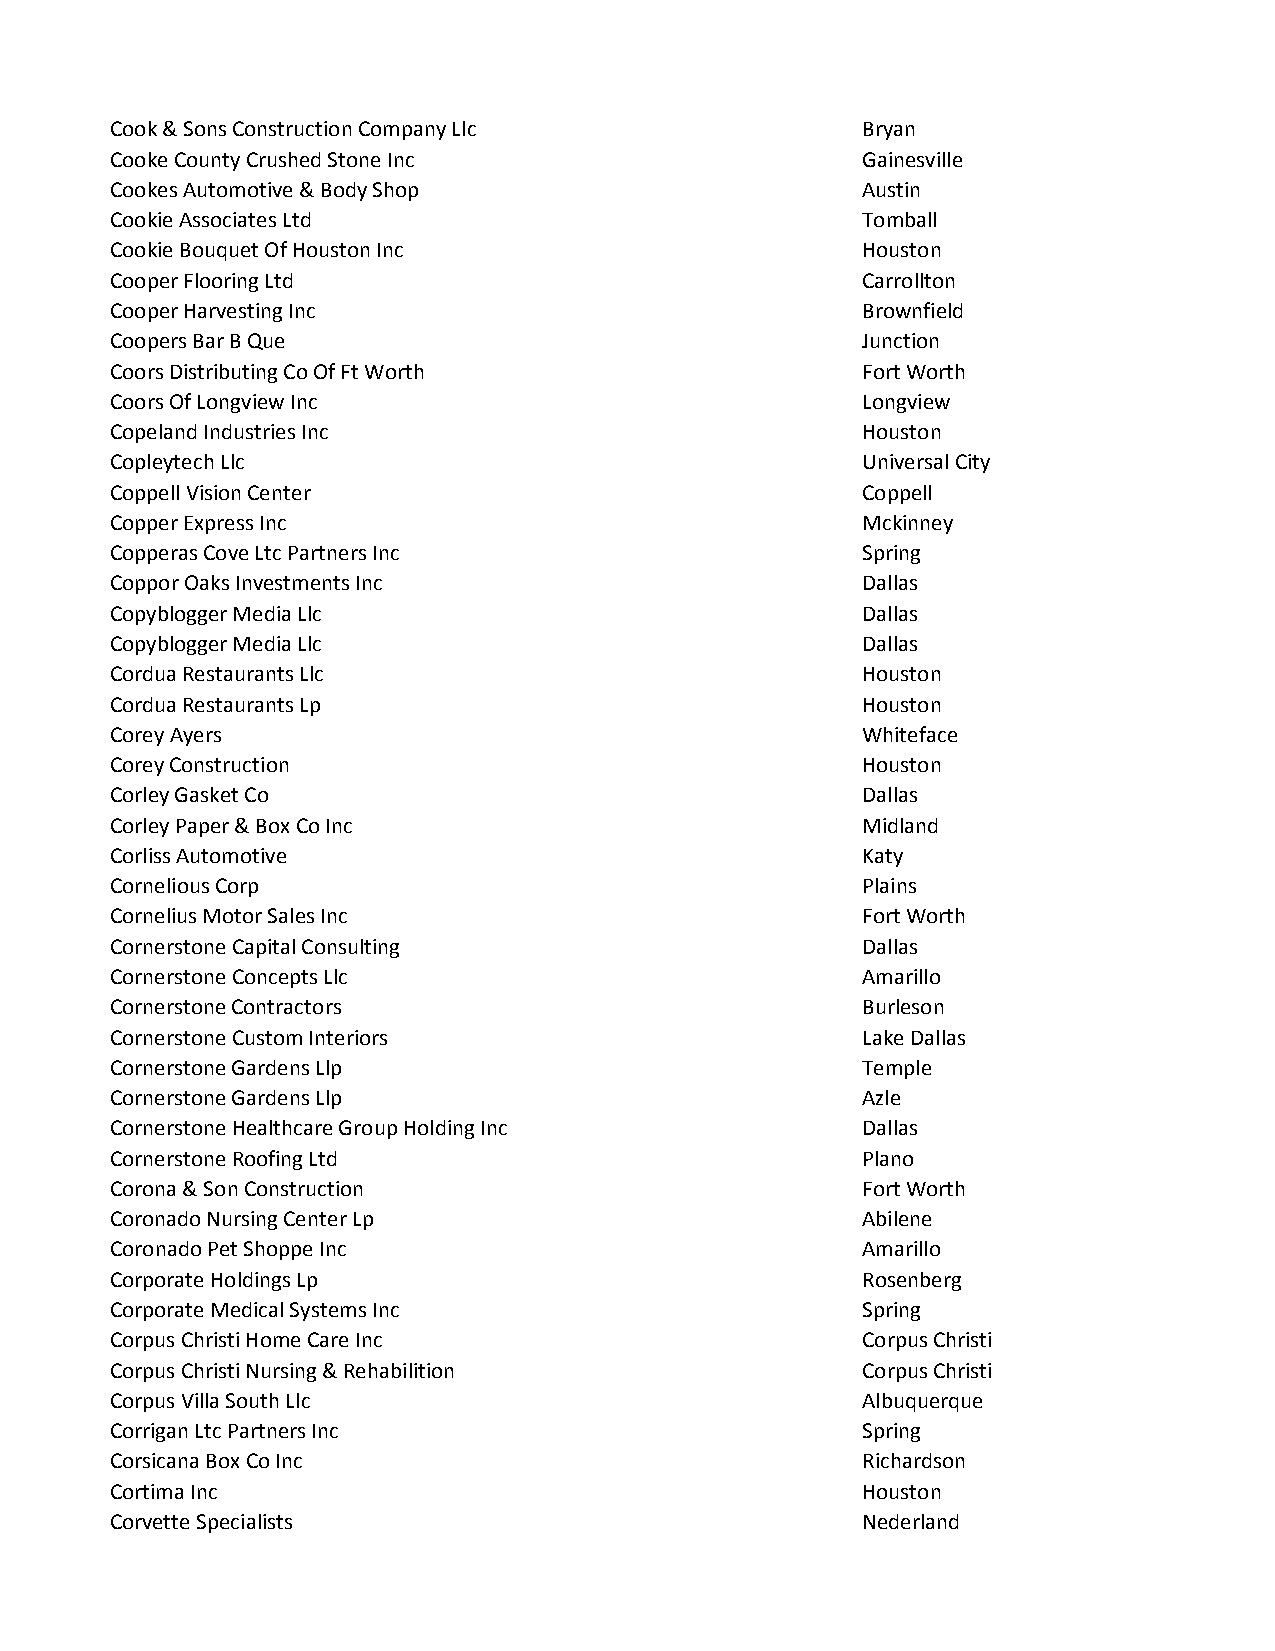
Cook & Sons Construction Company Llc              Bryan
 Cooke County Crushed Stone Inc                    Gainesville
 Cookes Automotive & Body Shop                     Austin
 Cookie Associates Ltd                             Tomball
 Cookie Bouquet Of Houston Inc                     Houston
 Cooper Flooring Ltd                               Carrollton
 Cooper Harvesting Inc                             Brownfield
 Coopers Bar B Que                                 Junction
 Coors Distributing Co Of Ft Worth                 Fort Worth
 Coors Of Longview Inc                             Longview
 Copeland Industries Inc                           Houston
 Copleytech Llc                                    Universal City
 Coppell Vision Center                             Coppell
 Copper Express Inc                                Mckinney
 Copperas Cove Ltc Partners Inc                    Spring
 Coppor Oaks Investments Inc                       Dallas
 Copyblogger Media Llc                             Dallas
 Copyblogger Media Llc                             Dallas
 Cordua Restaurants Llc                            Houston
 Cordua Restaurants Lp                             Houston
 Corey Ayers                                       Whiteface
 Corey Construction                                Houston
 Corley Gasket Co                                  Dallas
 Corley Paper & Box Co Inc                         Midland
 Corliss Automotive                                Katy
 Cornelious Corp                                   Plains
 Cornelius Motor Sales Inc                         Fort Worth
 Cornerstone Capital Consulting                    Dallas
 Cornerstone Concepts Llc                          Amarillo
 Cornerstone Contractors                           Burleson
 Cornerstone Custom Interiors                      Lake Dallas
 Cornerstone Gardens Llp                           Temple
 Cornerstone Gardens Llp                           Azle
 Cornerstone Healthcare Group Holding Inc          Dallas
 Cornerstone Roofing Ltd                           Plano
 Corona & Son Construction                         Fort Worth
 Coronado Nursing Center Lp                        Abilene
 Coronado Pet Shoppe Inc                           Amarillo
 Corporate Holdings Lp                             Rosenberg
 Corporate Medical Systems Inc                     Spring
 Corpus Christi Home Care Inc                      Corpus Christi
 Corpus Christi Nursing & Rehabilition             Corpus Christi
 Corpus Villa South Llc                            Albuquerque
 Corrigan Ltc Partners Inc                         Spring
 Corsicana Box Co Inc                              Richardson
 Cortima Inc                                       Houston
 Corvette Specialists                              Nederland